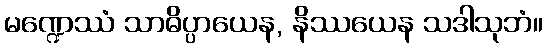
မဏ္ဍေဿံ သာဓိပ္ပာယေန, နိဿယေန သဒါသုဘံ။